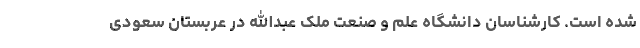
شده است. کارشناسان دانشگاه علم و صنعت ملک عبدالله در عربستان سعودی